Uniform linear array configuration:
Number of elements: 8
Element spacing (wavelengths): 0.5
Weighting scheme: binomial
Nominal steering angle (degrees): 30
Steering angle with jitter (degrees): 31.904
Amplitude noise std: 0.05
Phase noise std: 0.05

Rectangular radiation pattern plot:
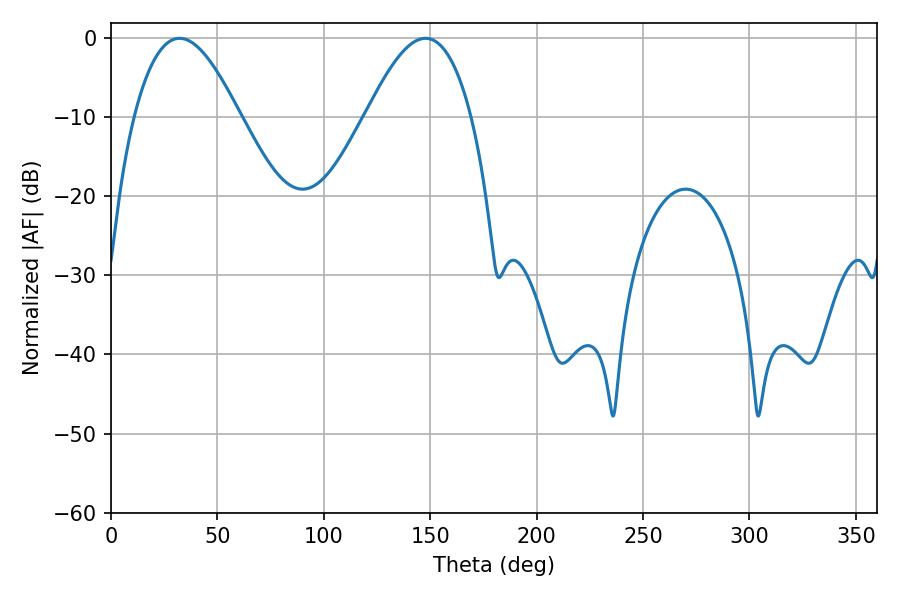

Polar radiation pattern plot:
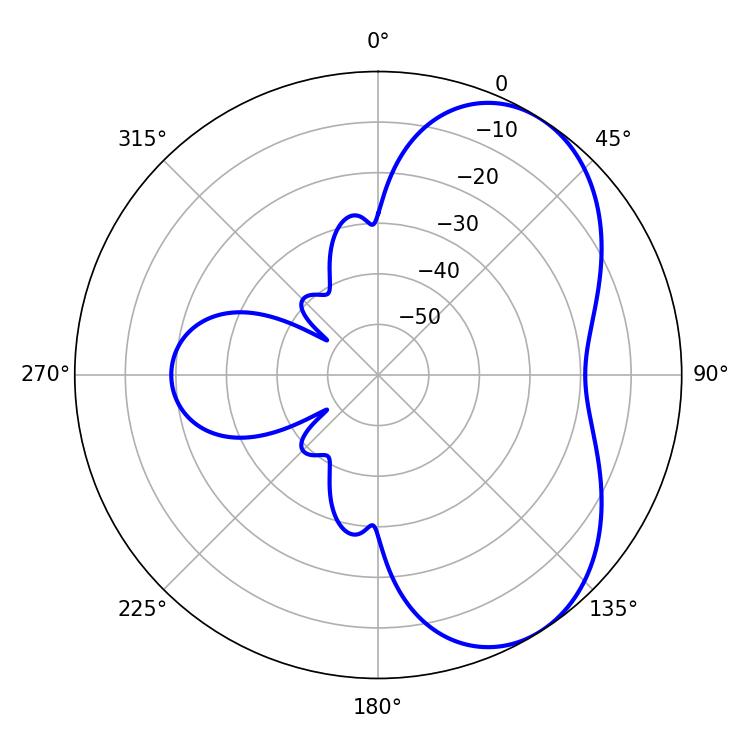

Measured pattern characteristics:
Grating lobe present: FALSE
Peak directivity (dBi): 5.44
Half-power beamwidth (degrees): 27
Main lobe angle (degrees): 32.22